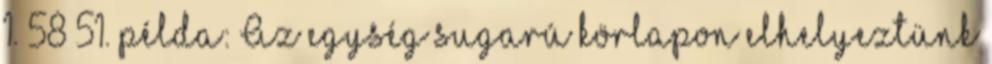
1. 58 51. példa: Az egység sugarú körlapon elhelyeztünk